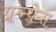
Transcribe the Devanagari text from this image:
ग्रून्न्येन्स्